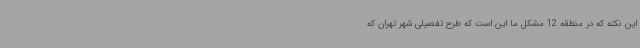
این نکته که در منطقه 12 مشکل ما این است که طرح تفصیلی شهر تهران که